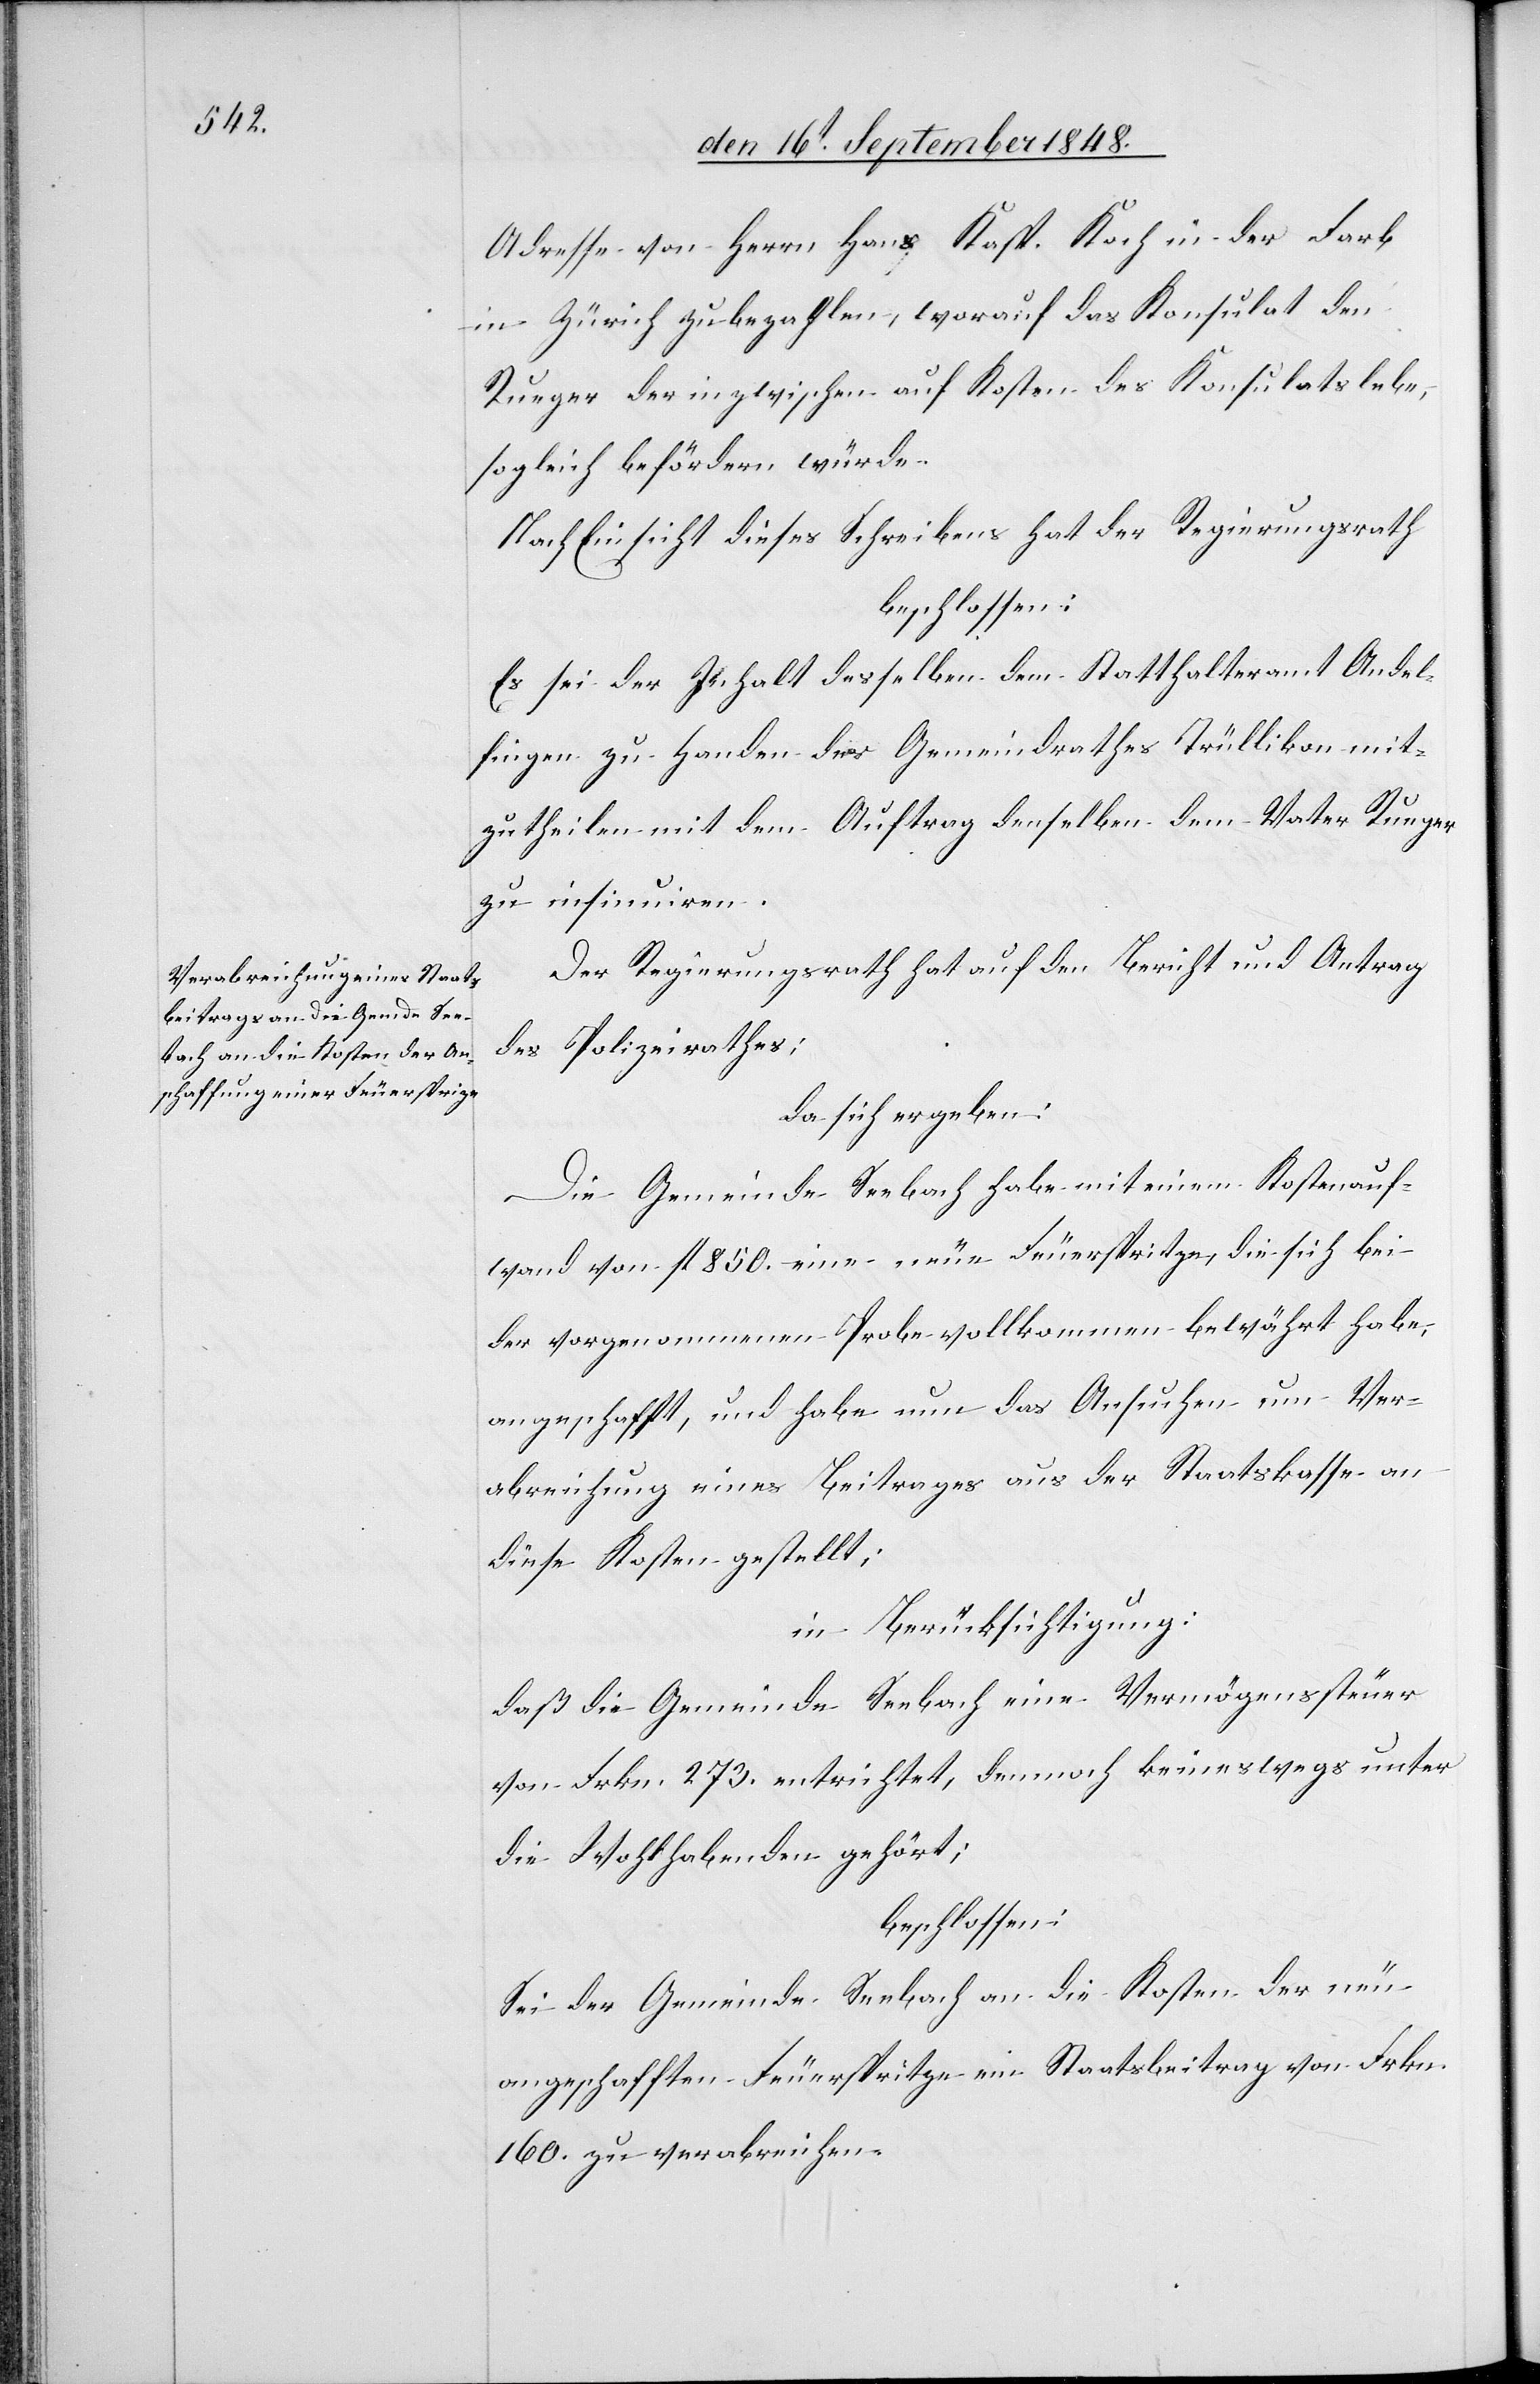
Adresse von Herrn Hans Kasp. Koch in der Farb
in Zürich zu bezahlen, worauf das Konsulat den
Rueger der inzwischen auf Kosten des Konsulats lebe,
sogleich befördern würde.
Nach Einsicht dieses Schreibens hat der Regierungsrath
beschlossen:
Es sei der Inhalt desselben dem Statthalteramt Andel¬
fingen zu Handen des Gemeindrathes Trüllikon mit¬
zutheilen mit dem Auftrag denselben dem Vater Rueger
zu insinuiren.
Der Regierungsrath hat auf den Bericht und Antrag
des Polizeirathes;
da sich ergeben:
Die Gemeinde Seebach habe mit einem Kostenauf¬
wand von fl. 850. eine neue Feuerspritze, die sich bei
der vorgenommenen Probe vollkommen bewährt habe,
angeschafft, und habe nun das Ansuchen um Ver¬
abreichung eines Beitrags aus der Staatskasse an
diese Kosten gestellt;
in Berücksichtigung:
daß die Gemeinde Seebach eine Vermögenssteuer
von Frkn. 273. entrichtet, dennoch keineswegs unter
die Wohlhabenden gehört;
beschlossen:
Sei der Gemeinde Seebach an die Kosten der neu
angeschafften Feuerspritze ein Staatsbeitrag von Frkn.
160. zu verabreichen.